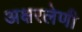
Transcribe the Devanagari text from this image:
अक्षरलेणी